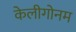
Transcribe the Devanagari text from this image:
केलीगोनम